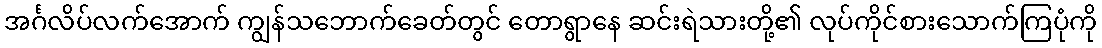
အင်္ဂလိပ်လက်အောက် ကျွန်သဘောက်ခေတ်တွင် တောရွာနေ ဆင်းရဲသားတို့၏ လုပ်ကိုင်စားသောက်ကြပုံကို